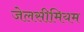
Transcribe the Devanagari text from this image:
जेलसीमियम